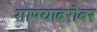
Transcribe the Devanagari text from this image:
गाण्याबरोबर